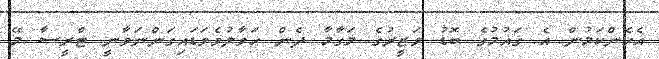
އެހެންކަމުން އެ ގައުމުގެ ބޮޑު ވަޒީރުގެ މަގާމާ ދެން ހަވާލުވެވަޑައިގަންނަވާނީ ޓްރީސާ މޭ